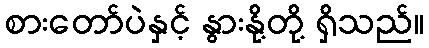
စားတော်ပဲနှင့် နွားနို့တို့ ရှိသည်။